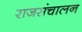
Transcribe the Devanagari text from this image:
राजसंचालन